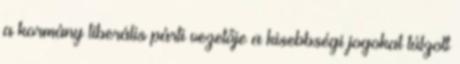
a kormány liberális párti vezetője a kisebbségi jogokat túlzott